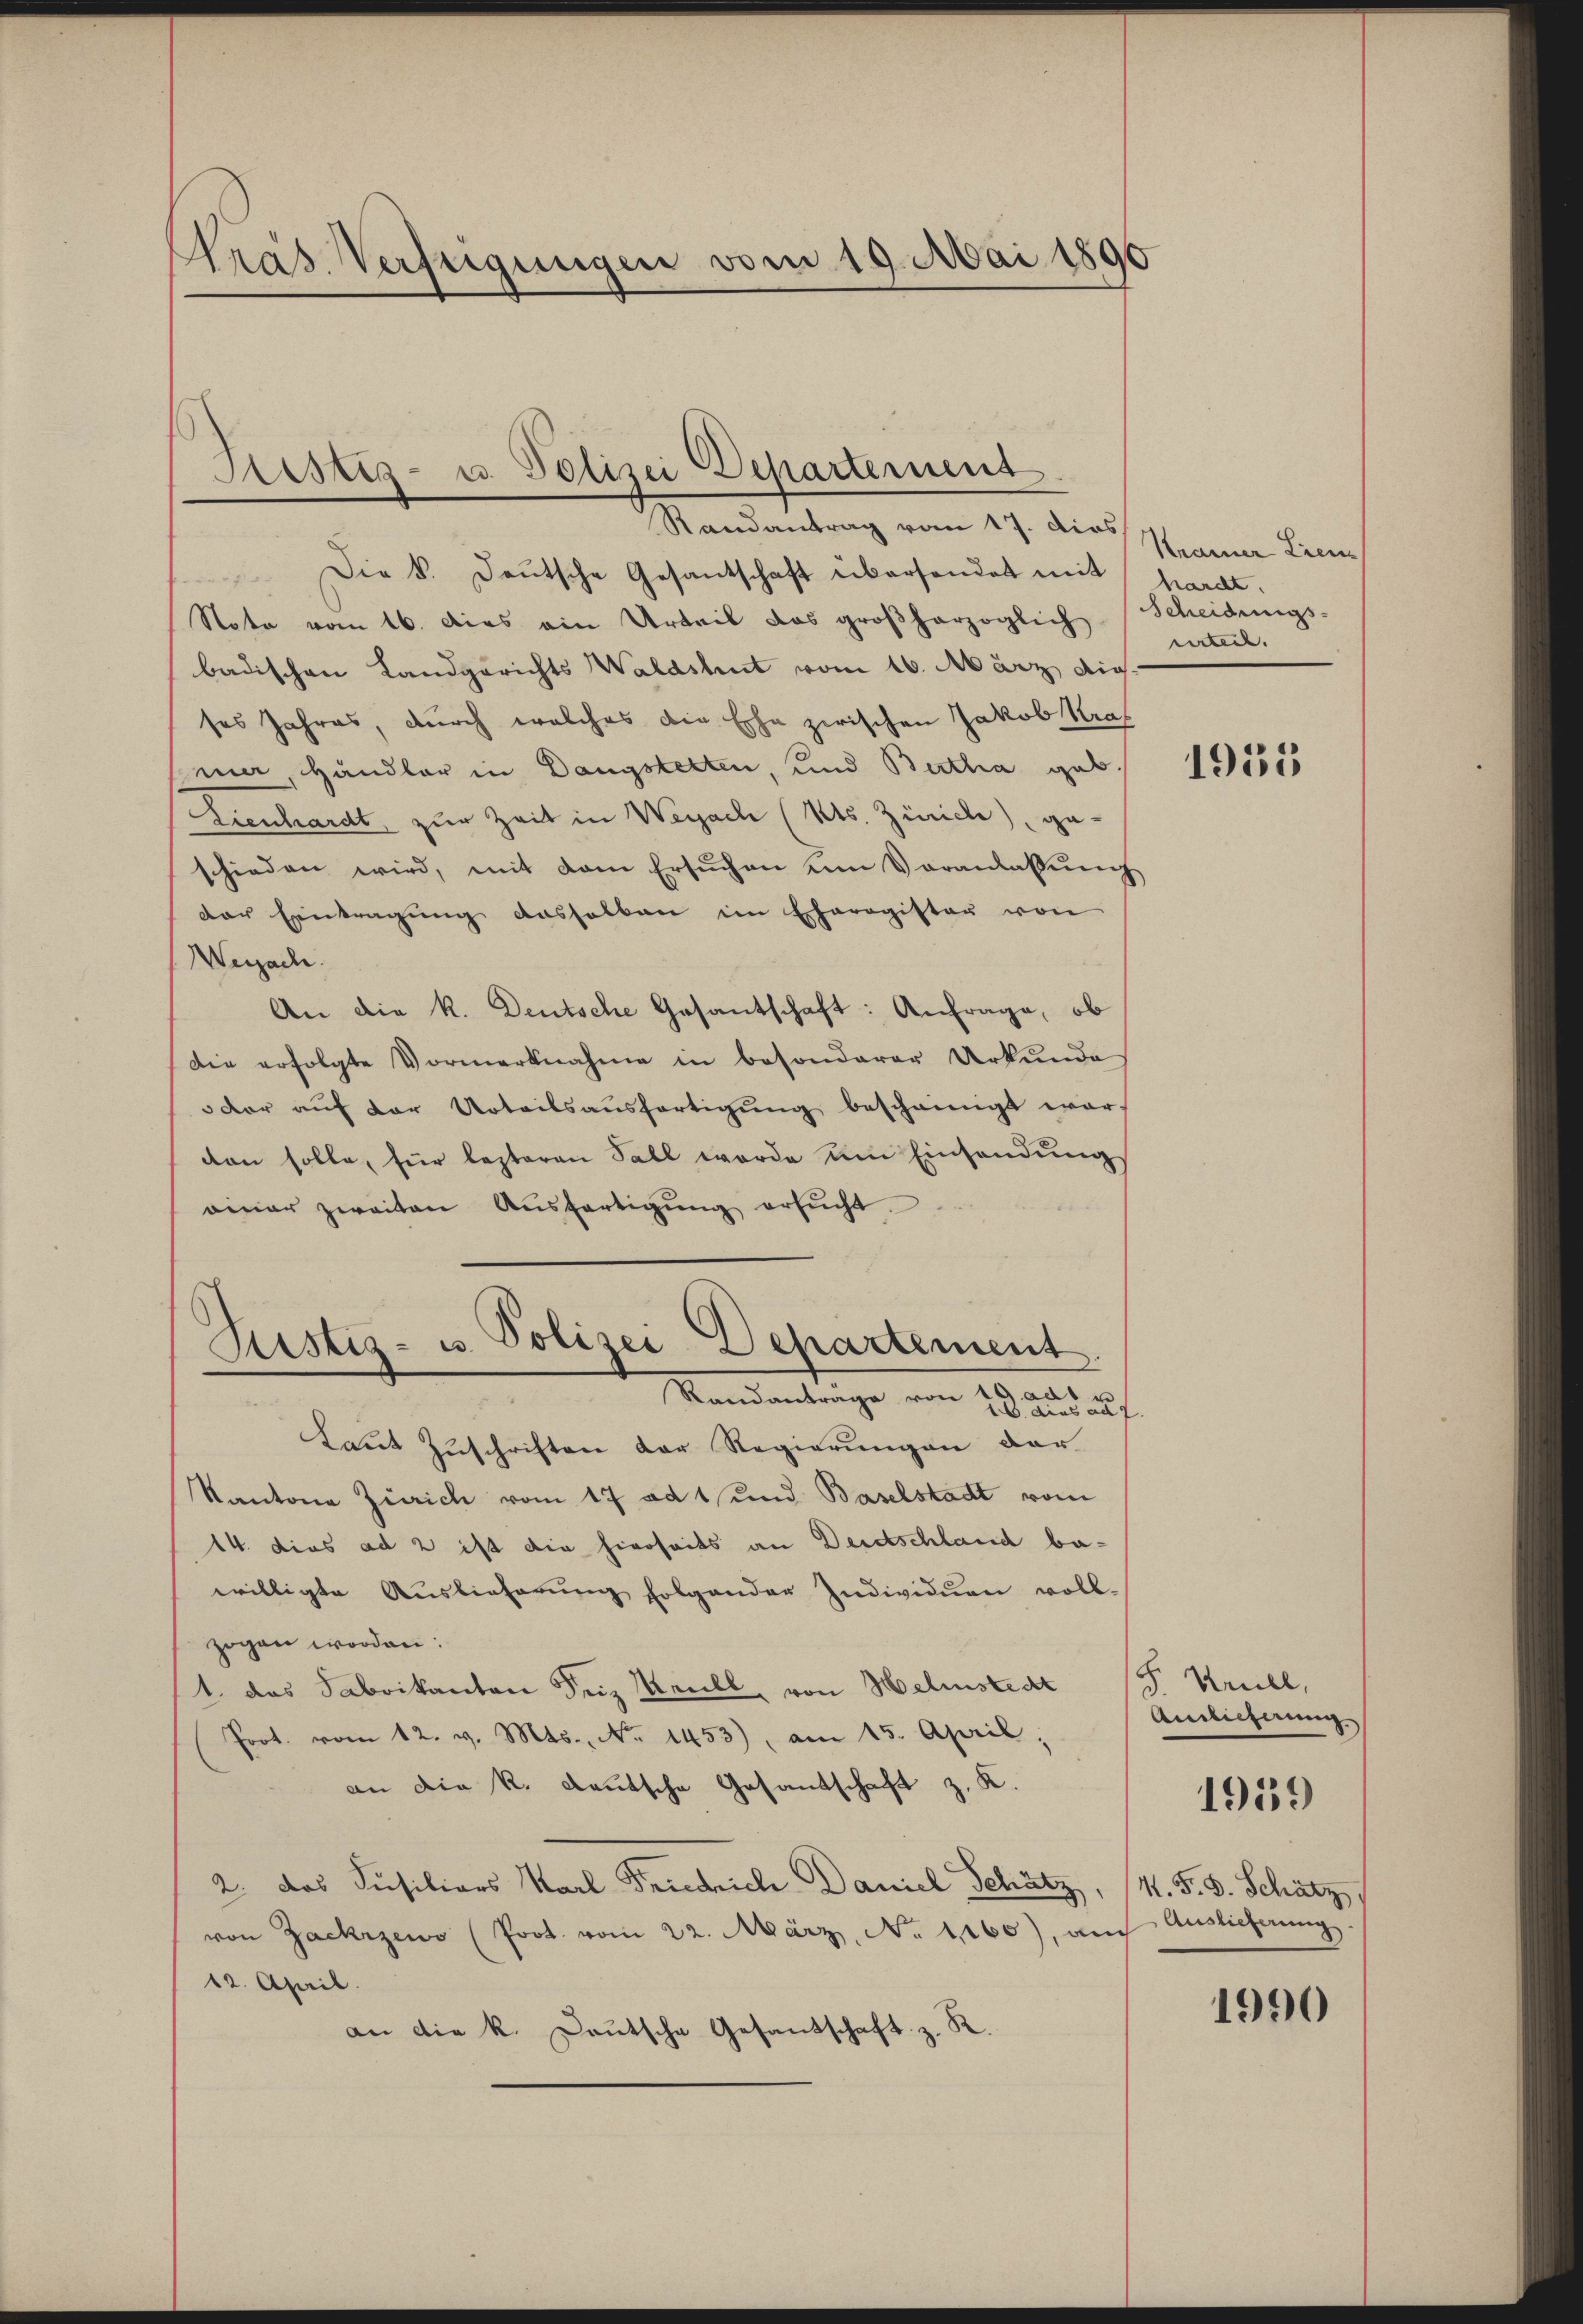
Nras Verftigungen vom 19. Mai 1896

Festiz- u. Polizei Departement
Randantrag vom 17. dies

Ristig- u. Polizei-Departement.
Randantrage von 2 aus auf

Die k. Deutsche Gesantschaft übersendet mit hardt.
fr.
Note vom 16. dies ein Urteil das großherzoglich Scheidungs-
badischen Landgerichts Waldshut vom 16. März die
ses Jahres, durch welches die Ehe zwischen Jakob Kraf
mier Handler in Dangstetten, und Bertha geb.
Kienhardt zur Zeit in Weyach (Kts. Zürich) ge-
schieden wird, mit dem Ersuchen um Voranlaßung
der Eintragung deshalben im Eheregisten von
Weiach.
An die k. Deutsche Gesantschaft: Anfrage, ob
Die erfolgte Vormerknahme in besonderer Urkunde
odor aŭf der Urteilsaŭsfertigŭng bescheinigt war,
ten solle, für lezteren Fall werde um Einsendung
ainer zweiten Aŭsfertigŭng ersŭcht.
Laut Zuschriften der Regierungen der
Kantone Zürich vom 17 ad 1 und Baselstadt vom
14. dies ad 2 ist die hierseits an Deutschland bawilligte Auslieferŭng folgender Individuen vollzogen worden:
1. das Sabrikanton Seiz Keull, von Helinstedt (T. Krull,
Prot. vom 12. v. Mts., No 1453), am 15. April.
an die k. deutsche Gesantschaft z. K.
2. das Füsiliors Karl Friedrich Daniel Schätz, (N. F. S. Schätz
von Zackrzewo (Prot. vom 22. März, No 1160), auch Auslieferung.
12. April.
an die k. Deutsche Gesandschaft z. R.

Krainer Lieu
urteil.

1955

Ainlicherung

1959

1990